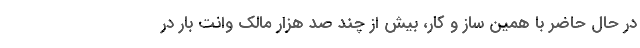
در حال حاضر با همین ساز و کار، بیش از چند صد هزار مالک وانت بار در